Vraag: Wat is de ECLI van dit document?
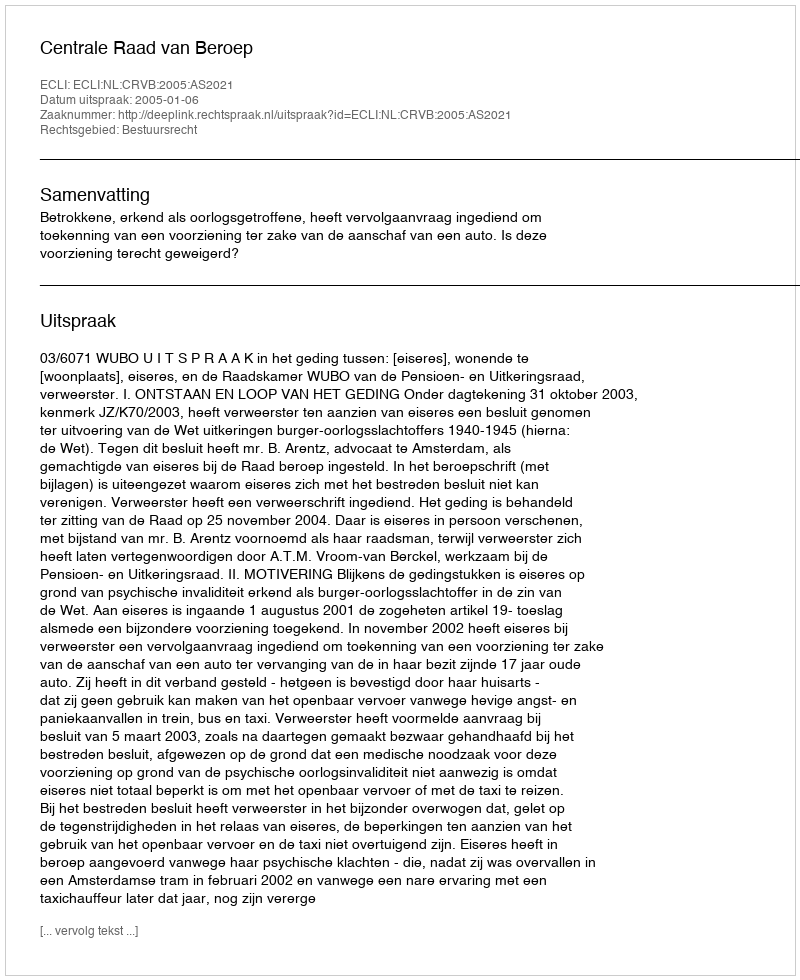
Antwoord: ECLI:NL:CRVB:2005:AS2021